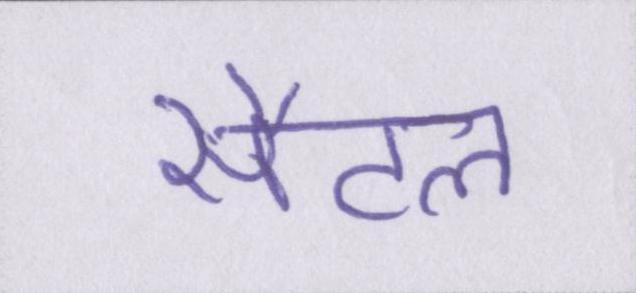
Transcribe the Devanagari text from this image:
सैटल